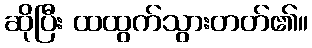
ဆိုပြီး ထထွက်သွားတတ်၏။